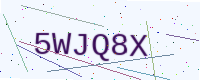
Text: 5WJQ8X